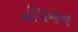
નીયમન